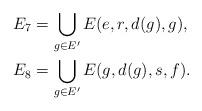
LaTeX: \begin{align*} E_7&=\bigcup_{g\in E'}E(e,r,d(g),g),\\ E_8&=\bigcup_{g\in E'}E(g,d(g),s,f).\end{align*}